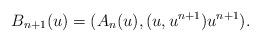
LaTeX: \begin{align*} B_{n + 1} (u) = (A_n (u), (u, u^{n + 1}) u^{n + 1}) . \end{align*}